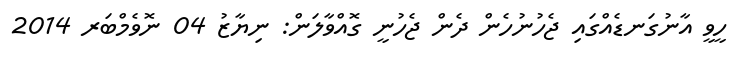
ހީވީ އާނުގަނޑެއްގައި ޖެހުނުހެން ދެން ޖެހުނީ ގޮއްވާލަން: ނިޔާޒު 04 ނޮވެމްބަރ 2014